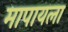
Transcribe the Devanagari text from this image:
मापायला